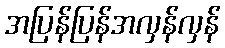
အပြန်ပြန်အလှန်လှန်